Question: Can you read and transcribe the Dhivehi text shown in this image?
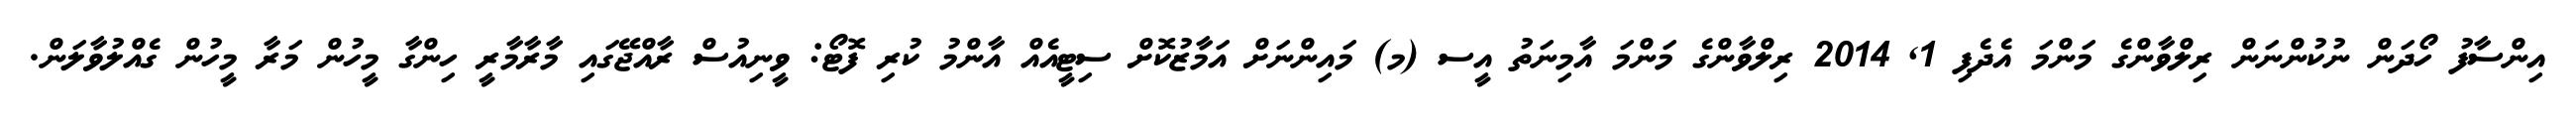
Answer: އިންސާފު ހޯދަން ނުކުންނަން ރިލްވާންގެ މަންމަ އެދެފި 1, 2014 ރިލްވާންގެ މަންމަ އާމިނަތު އީސ (މ) މައިންނަށް އަމާޒުކޮށް ސިޓީއެއް އާންމު ކުރި ފޮޓޯ: ވީނިއުސް ރާއްޖޭގައި މާރާމާރީ ހިންގާ މީހުން މަރާ މީހުން ގެއްލުވާލަން.